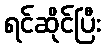
ရင်ဆိုင်ပြီး